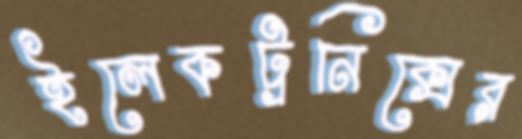
ইলেকট্রনিক্সের